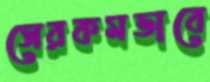
সেরকমভাবে